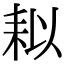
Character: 䎣